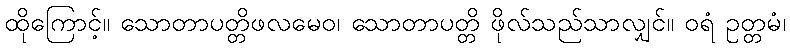
ထိုကြောင့်။ သောတာပတ္တိဖလမေဝ၊ သောတာပတ္တိ ဖိုလ်သည်သာလျှင်။ ဝရံ ဥတ္တမံ၊